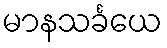
မာနသင်္ခယေ